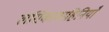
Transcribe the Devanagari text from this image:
लसिकावाहिनियाँ